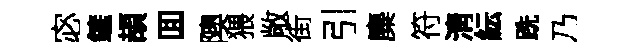
宓鏟頡囬隩猥敞街引麋符淸紜跣乃